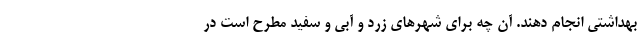
بهداشتی انجام دهند. آن چه برای شهرهای زرد و آبی و سفید مطرح است در